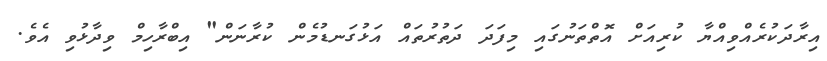
އިރާދަކުރެއްވިއްޔާ ކުރިއަށް އޮތްތަނުގައި މިފަދަ ދަތުރުތައް އަޅުގަނޑުމެން ކުރާނަން" އިބްރާހިމް ވިދާޅުވި އެވެ.